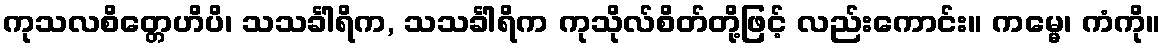
ကုသလစိတ္တေဟိပိ၊ သသင်္ခါရိက, သသင်္ခါရိက ကုသိုလ်စိတ်တို့ဖြင့် လည်းကောင်း။ ကမ္မေ၊ ကံကို။